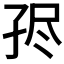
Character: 𡥧